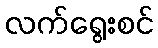
လက်ရွေးစင်